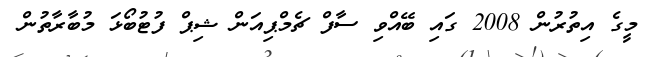
މީގެ އިތުރުން 2008 ގައި ބޭއްވި ސާފް ޗެމްޕިއަން ޝިޕް ފުޓުބޯޅަ މުބާރާތުން